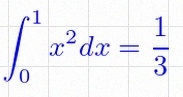
\int_0^1 x^2dx=\frac13